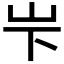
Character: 𪨢